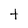
Character: t